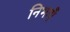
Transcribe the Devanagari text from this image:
निभाएँ